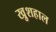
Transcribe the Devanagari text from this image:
खु़शहाल